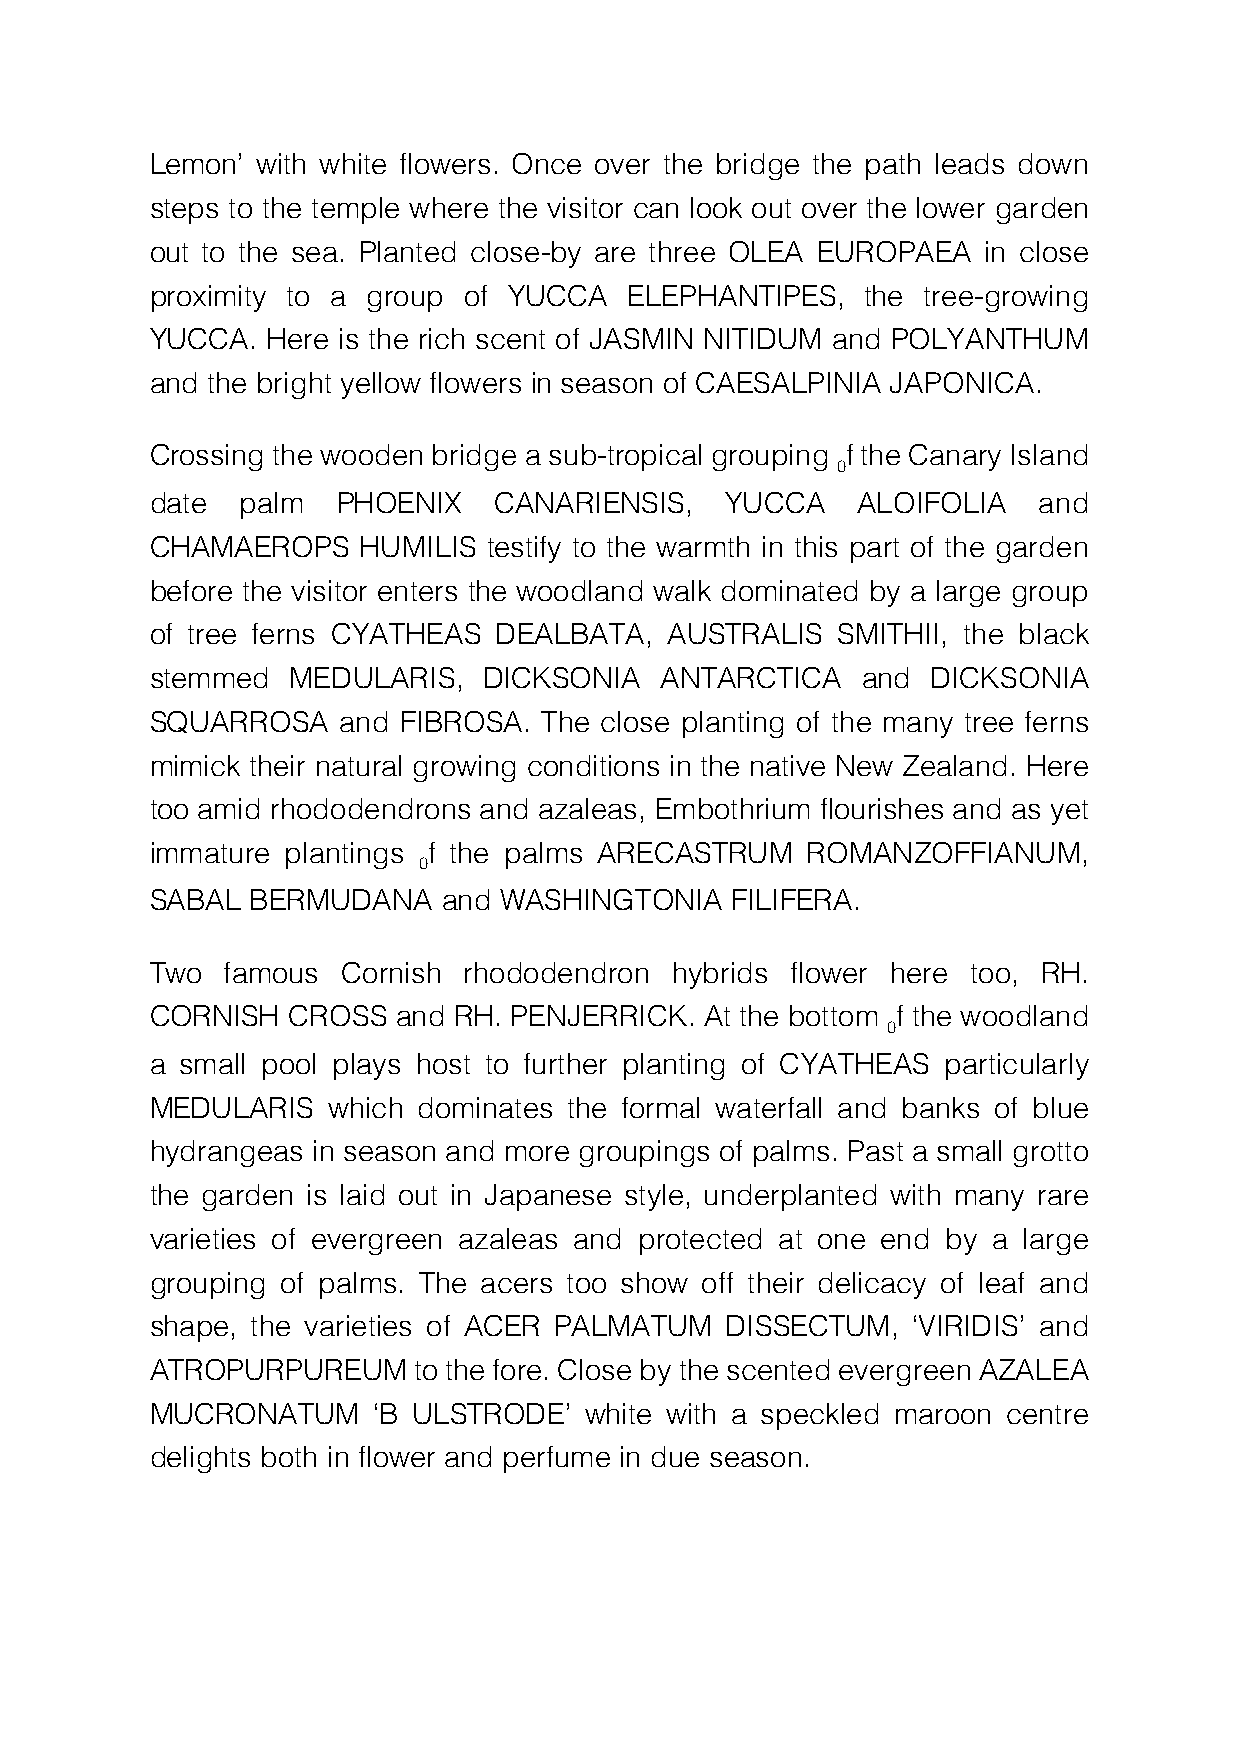
Lemon’ with white flowers. Once over the bridge the path leads down
 steps to the temple where the visitor can look out over the lower garden
 out to the sea. Planted close-by are three OLEA EUROPAEA in close
 proximity to a group of YUCCA   ELEPHANTIPES,  the tree-growing
 YUCCA.  Here is the rich scent of JASMIN NITIDUM and POLYANTHUM
 and the bright yellow flowers in season of CAESALPINIA JAPONICA.
 Crossing the wooden bridge a sub-tropical grouping f the Canary Island
 0
 date  palm  PHOENIX    CANARIENSIS,   YUCCA    ALOIFOLIA   and
 CHAMAEROPS    HUMILIS testify to the warmth in this part of the garden
 before the visitor enters the woodland walk dominated by a large group
 of tree ferns CYATHEAS DEALBATA,  AUSTRALIS  SMITHII, the black
 stemmed  MEDULARIS,   DICKSONIA   ANTARCTICA   and  DICKSONIA
 SQUARROSA   and  FIBROSA. The close planting of the many tree ferns
 mimick their natural growing conditions in the native New Zealand. Here
 too amid rhododendrons and azaleas, Embothrium flourishes and as yet
 immature plantings f the palms ARECASTRUM  ROMANZOFFIANUM,
 0
 SABAL  BERMUDANA   and WASHINGTONIA   FILIFERA.
 Two  famous  Cornish rhododendron  hybrids flower here too, RH.
 CORNISH  CROSS  and RH. PENJERRICK.  At the bottom f the woodland
 0
 a small pool plays host to further planting of CYATHEAS particularly
 MEDULARIS   which dominates the formal waterfall and banks of blue
 hydrangeas in season and more groupings of palms. Past a small grotto
 the garden is laid out in Japanese style, underplanted with many rare
 varieties of evergreen azaleas and protected at one end by a large
 grouping of palms. The acers too show off their delicacy of leaf and
 shape, the varieties of ACER PALMATUM DISSECTUM,  ‘VIRIDIS’ and
 ATROPURPUREUM    to the fore. Close by the scented evergreen AZALEA
 MUCRONATUM     ‘B ULSTRODE’  white with a speckled maroon centre
 delights both in flower and perfume in due season.